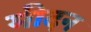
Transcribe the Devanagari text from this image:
मीदन